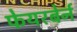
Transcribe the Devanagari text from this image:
फेयरबेर्न